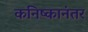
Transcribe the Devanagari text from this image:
कनिष्कानंतर